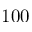
1 0 0